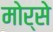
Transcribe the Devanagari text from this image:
मोर्से